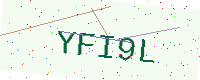
Text: YFI9L